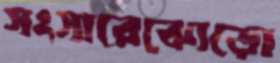
সংসারেঝোড়ো